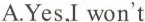
A.Yes,I won't